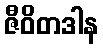
ဇီဝိတဒါန